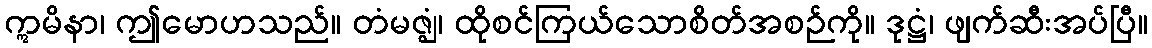
ဣမိနာ၊ ဤမောဟသည်။ တံမဇ္ဈံ၊ ထိုစင်ကြယ်သောစိတ်အစဉ်ကို။ ဒုဋ္ဌံ၊ ဖျက်ဆီးအပ်ပြီ။